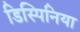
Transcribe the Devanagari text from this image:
डिस्पिनिया